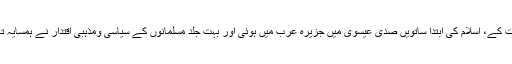
بطور ایک مشخص مذہبی روایت کے، اسلام کی ابتدا ساتویں صدی عیسوی میں جزیرہ عرب میں ہوئی اور بہت جلد مسلمانوں کے سیاسی ومذہبی اقتدار نے ہمسایہ تہذیبوں کو اپنی لپیٹ میں لے لیا۔